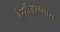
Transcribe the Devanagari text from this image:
बेस्शीज़रग्लास